Scottish Leaving Certificate Examination, 1960
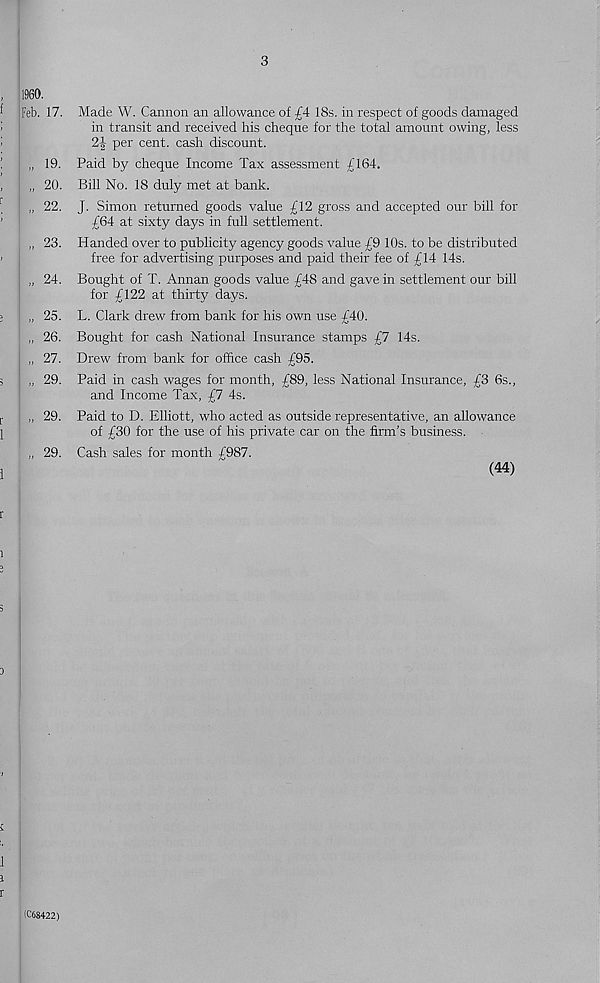
3
1960.
Feb. 17.
„ 19.
„ 20.
„ 22.
„ 23.
„ 24.
„ 25.
„ 26.
„ 27.
„ 29.
29.
„ 29.
Made W. Cannon an allowance of £4 18s. in respect of goods damaged
in transit and received his cheque for the total amount owing, less
2| per cent, cash discount.
Paid by cheque Income Tax assessment £164.
Bill No. 18 duly met at bank.
J. Simon returned goods value £12 gross and accepted our bill for
£64 at sixty days in full settlement.
Handed over to publicity agency goods value £9 10s. to be distributed
free for advertising purposes and paid their fee of £14 14s.
Bought of T. Annan goods value £48 and gave in settlement our bill
for £122 at thirty days.
L. Clark drew from bank for his own use £40.
Bought for cash National Insurance stamps £7 14s.
Drew from bank for office cash £95.
Paid in cash wages for month, £89, less National Insurance, £3 6s.,
and Income Tax, £7 4s.
Paid to D. Elliott, who acted as outside representative, an allowance
of £30 for the use of his private car on the firm’s business.
Cash sales for month £987.
(44)
(C68422)